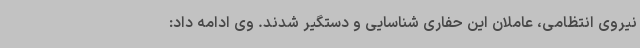
نیروی انتظامی، عاملان این حفاری شناسایی و دستگیر شدند. وی ادامه داد: